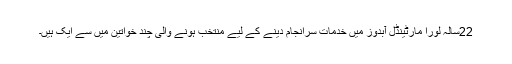
22سالہ لورا مارٹینڈل آبدوز میں خدمات سرانجام دینے کے لیے منتخب ہونے والی چند خواتین میں سے ایک ہیں۔